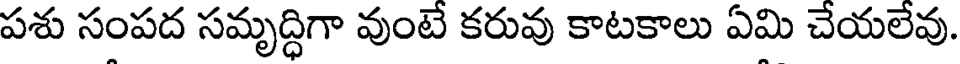
పశు సంపద సమృద్ధిగా వుంటే కరువు కాటకాలు ఏమి చేయలేవు.